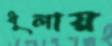
ধূলায়